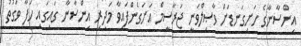
އިންސާނާގެ ހަށިގަނޑަށް ވާޞިލްވަނީ ޖަރާސީމް އަށަގެންފައިވާ މަދިރި އިންސާނާ ގައިގައި ހަފާ ވަގުތު